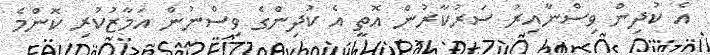
އެ ކުދިން ވިސްނާއިރު ސަރުކާރުން އޮތީ އެ ކުދިންގެ ވިސްނުން އަމާޒުކުރި ކޮންމެ